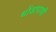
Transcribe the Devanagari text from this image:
धोंडापाणी